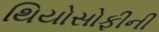
થિયોસોફીની